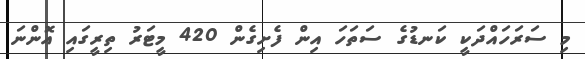
މި ސަރަހައްދަކީ ކަނޑުގެ ސަތަހަ އިން ފެށިގެން 420 މީޓަރު ތިރީގައި އޮންނަ